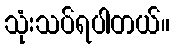
သုံးသပ်ရပါတယ်။